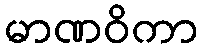
မာဏဝိကာ